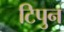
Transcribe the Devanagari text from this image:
टिपुन